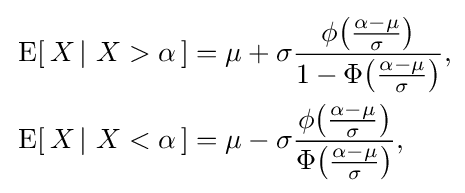
{\begin{aligned}&\operatorname {E} [\,X\,|\ X>\alpha \,]=\mu +\sigma {\frac {\phi {\big (}{\tfrac {\alpha -\mu }{\sigma }}{\big )}}{1-\Phi {\big (}{\tfrac {\alpha -\mu }{\sigma }}{\big )}}},\\&\operatorname {E} [\,X\,|\ X<\alpha \,]=\mu -\sigma {\frac {\phi {\big (}{\tfrac {\alpha -\mu }{\sigma }}{\big )}}{\Phi {\big (}{\tfrac {\alpha -\mu }{\sigma }}{\big )}}},\end{aligned}}